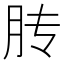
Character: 䏝